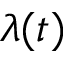
\lambda ( t )